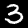
Label: 3